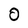
Character: 0